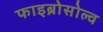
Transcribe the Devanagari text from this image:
फाइब्रोसोल्व